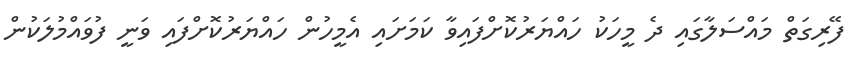
ފޭރިގަތް މައްސަލާގައި ދެ މީހަކު ހައްޔަރުކޮށްފައިވާ ކަމަށައި އެމީހުން ހައްޔަރުކޮށްފައި ވަނީ ފުވައްމުލަކުން